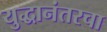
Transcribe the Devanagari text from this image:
युद्धानंतरचा